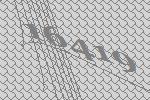
16419